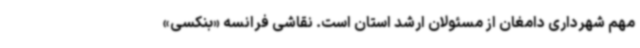
مهم شهرداری دامغان از مسئولان ارشد استان است. نقاشی فرانسه‌ «بنکسی»